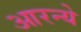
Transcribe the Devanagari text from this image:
आरन्ये